Plague in India, 1896, 1897 - Volume 2
Year: 1896
Disease focus: Plague
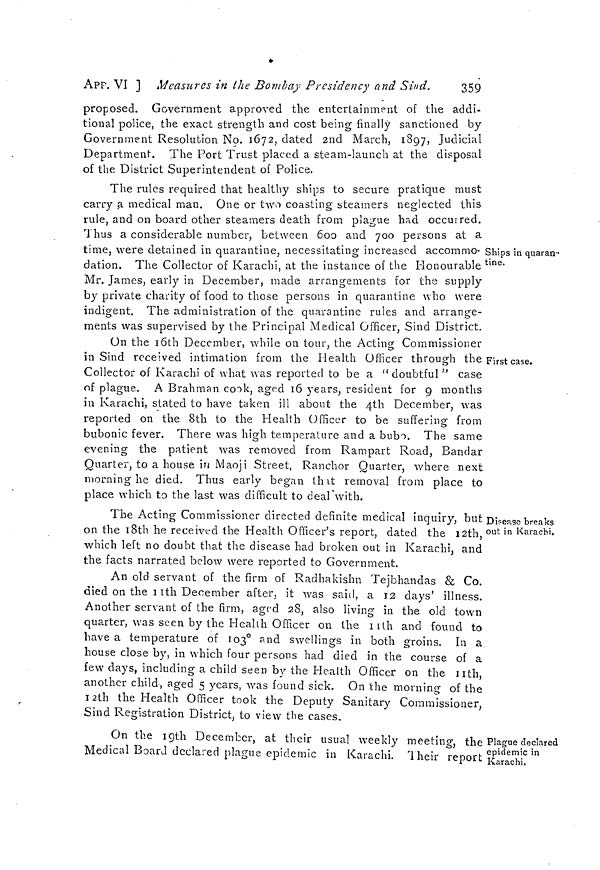
Apr. VI ] Measures in the Bombay Presidency and Sind.
359
proposed. Government approved the entertainment of the addi-
tional police, the exact strength and cost being finally sanctioned by
Government Resolution No. 1672, dated 2nd March, 1897, Judicial
Department. The Port Trust placed a steam-launch at the disposal
of the District Superintendent of Police.
Ships in quaran-
tine.
; First case.
The rules required that healthy ships to secure pratique must
carry a medical man. One or two coasting steamers neglected this
rule, and on board other steamers death from plague had occurred.
Thus a considerable number, between 600 and 700 persons at a
time, were detained in quarantine, necessitating increased accommo-
dation. The Collector of Karachi, at the instance of the Honourable
Mr. James, early in December, made arrangements for the supply
by private charity of food to those persons in quarantine who were
indigent. The administration of the quarantine rules and arrange-
ments was supervised by the Principal Medical Officer, Sind District.
On the 16th December, while on tour, the Acting Commissioner
in Sind received intimation from the Health Officer through the
Collector of Karachi of what was reported to be a " doubtful " case
of plague. A Brahman cook, aged 16 years, resident for 9 months
in Karachi, stated to have taken ill about the 4th December, was
reported on the 8th to the Health Officer to be suffering from
bubonic fever, There was high temperature and a bubo. The same
evening the patient was removed from Rampart Road, Bandar
Quarter, to a house in Maoji Street, Ranchor Quarter, where next
morning he died. Thus early began that removal from place to
place which to the last was difficult to deal with.
Disease breaks
out in Karachi.
The Acting Commissioner directed definite medical inquiry, but
on the 18th he received the Health Officer's report, dated the 12th,
which left no doubt that the disease had broken out in Karachi, and
the facts narrated below were reported to Government.
An old servant of the firm of Radhakishn Tejbhandas & Co.
died on the 11th December after, it was said, a 12 days illness.
Another servant of the firm, aged 28, also living in the old town
quarter, was seen by the Health Officer on the 11th and found to
have a temperature of 103° and swellings in both groins. In a
house close by, in which four persons had died in the course of a
few days, including a child seen by the Health Officer on the 11th,
another child, aged 5 years, was found sick. On the morning of the
12th the Health Officer took the Deputy Sanitary Commissioner,
Sind Registration District, to view the cases.
Plague declared
epidemic in
Karachi.
On the 19th December, at their usual weekly meeting, the
Medical Board declared plague epidemic in Karachi. Their report-